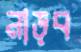
নাড়ব